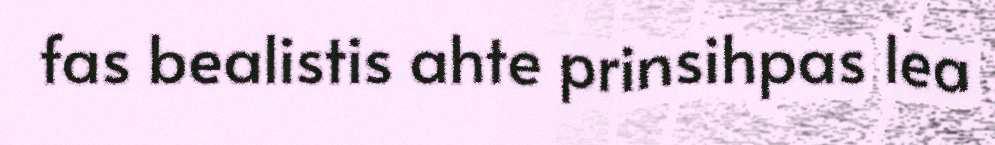
fas bealistis ahte prinsihpas lea